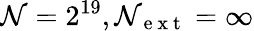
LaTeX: \mathcal{N}=2^{19},\mathcal{N}_{\mathrm{{~e~x~t~}}}=\infty